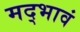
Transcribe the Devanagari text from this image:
मद्भावं